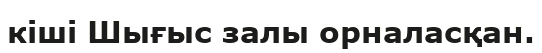
кіші Шығыс залы орналасқан.